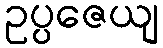
ဥပ္ပဇေယျ